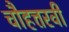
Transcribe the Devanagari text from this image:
चौहत्तरवीं